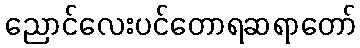
ညောင်လေးပင်တောရဆရာတော်